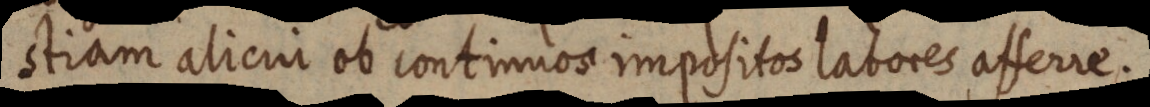
stiam alicui ob continuos impositos labores afferre.